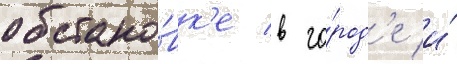
обстано́вк'е в го́род'е и́